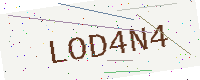
Text: LOD4N4